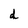
Character: d